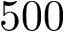
5 0 0